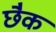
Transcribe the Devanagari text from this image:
छैक